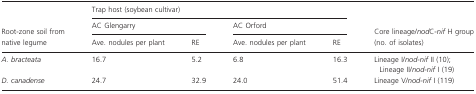
|  | <COLSPAN=4> Trap host (soybean cultivar) |  |
 |  | <COLSPAN=2> AC Glengarry | <COLSPAN=2> AC Orford |  |
 | Root-zone soil from native legume | Ave. nodules per plant | RE | Ave. nodules per plant | RE | Core lineage/nodC-nif H group (no. of isolates) |
 | --- | --- | --- | --- | --- | --- |
 | A. bracteata | 16.7 | 5.2 | 6.8 | 16.3 | Lineage I/nod-nif II (10); Lineage II/nod-nif I (19) |
 | D. canadense | 24.7 | 32.9 | 24.0 | 51.4 | Lineage V/nod-nif I (119) |